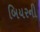
બિયરની